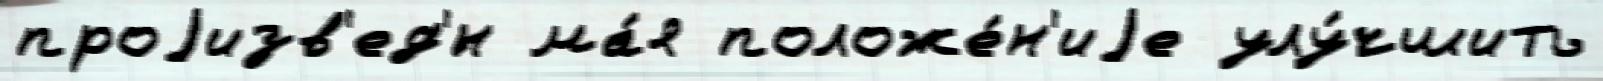
проjизв'ед'́н ма́я положе́н'иjе улу́чшить